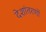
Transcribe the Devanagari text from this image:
देशांतरणों